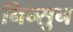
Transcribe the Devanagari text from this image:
निन्सुन